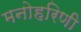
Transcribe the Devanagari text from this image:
मनोहरिणी